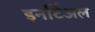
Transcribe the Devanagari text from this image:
इनर्टिअल